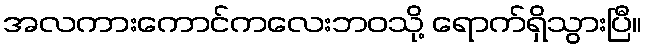
အလကားကောင်ကလေးဘဝသို့ ရောက်ရှိသွားပြီ။